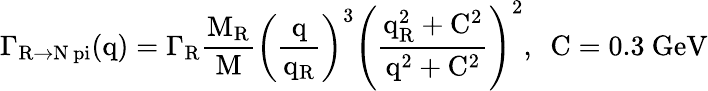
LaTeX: \mathrm{\Gamma_{R\rightarrow N\ pi}(q)=\Gamma_{R}\frac{M_{R}}{M}\left(\frac{q}{q_{R}}\right)^{3}\left(\frac{q_{R}^{2}+C^{2}}{q^{2}+C^{2}}\right)^{2},~~C=0.3~\mathrm{GeV}}